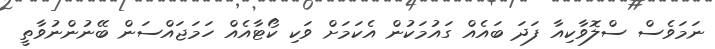
ނަމަވެސް ސްލޮވާކިއާ ފަދަ ބައެއް ގައުމަކުން އެކަމަށް ވަކި ކޯޓާއެއް ހަމަޖައްސަން ބޭނުންނުވާތީ